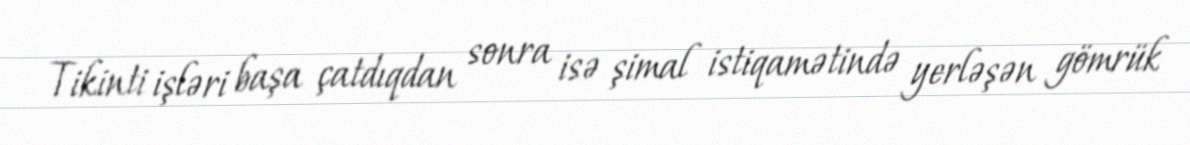
Tikinti işləri başa çatdıqdan sonra isə şimal istiqamətində yerləşən gömrük